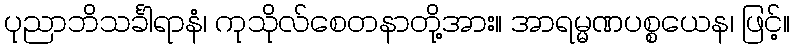
ပုညာဘိသင်္ခါရာနံ၊ ကုသိုလ်စေတနာတို့အား။ အာရမ္မဏပစ္စယေန၊ ဖြင့်။